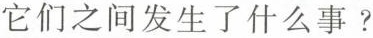
它们之间发生了什么事？